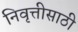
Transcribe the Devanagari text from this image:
निवृत्तीसाठी